Report on sanitation, dispensaries, and jails in Rajputana for 1915, and on vaccination for the year 1915-1916 - 1915-1916
Year: 1915
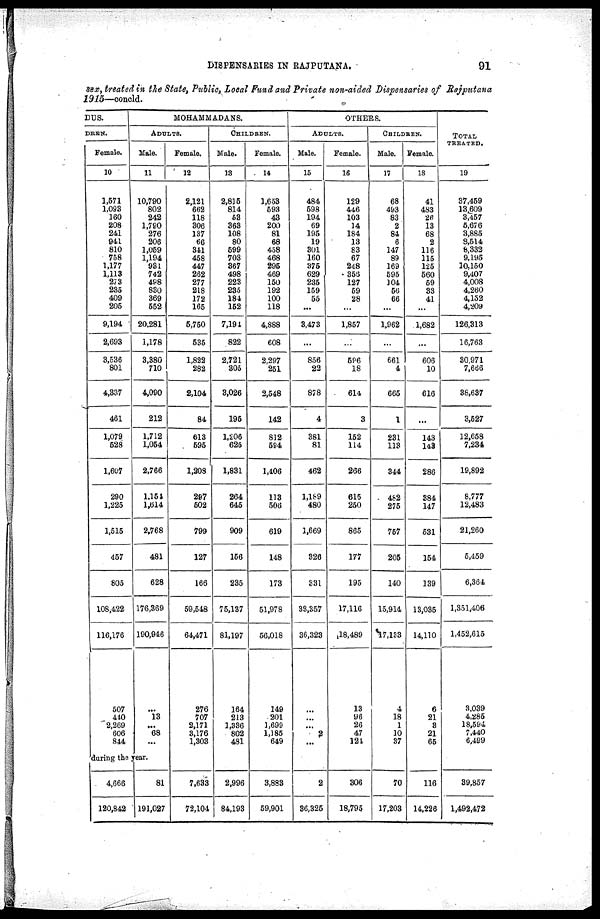
DISPENSARIES IN RAJPUTANA.
91
sex, treated in the State, Public, Local Fund and Private non-aided Dispensaries of Rajpntana
1915—conold.
DUS.
DREN.
Female.
10
1,571
1,093
160
208
241
941
810
758
1,177
1,113
273
235
409
205
9,194
2,693
3,536
801
4,337
461
1,079
528
1,607
290
1,225
1,515
457
805
108,422
116,176
507
440
2,269
606
844
MOHAMMADANS.
ADULTS.
Male.
11
10,790
802
242
1,790
276
206
1,059
1,194
931
742
498
830
369
552
20,281
1,178
3,380
710
4,090
212
1,712
1,054
2,766
1,154
1,614
2,768
481
628
176,369
190,946
...
13
...
68
...
during the year.
4,666
120,842
81
191,027
Female.
12
2,121
662
118
306
137
66
341
458
447
262
277
218
172
165
5,750
535
1,822
282
2,104
84
613
595
1,208
297
502
799
127
166
59,548
64,471
276
707
2,171
3,176
1,303
7,633
72,104
CHILDREN.
Male.
13
2,815
814
53
363
108
80
599
703
367
498
223
235
184
152
7,191
822
2,721
305
3,026
195
1,206
625
1,831
264
645
909
156
235
75,137
81,197
164
213
1,336
802
481
2,996
84,193
Female.
14
1,653
593
43
200
81
68
458
468
295
469
150
192
100
118
4,888
608
2,297
251
2,548
142
812
594
1,406
113
506
619
148
173
51,978
56,018
149
201
1,699
1,185
649
3,883
59,901
OTHERS.
ADULTS.
Male.
15
484
598
194
69
195
19
301
160
375
629
235
159
55
...
3,473
...
856
22
878
4
381
81
462
1,189
480
1,669
326
331
33,357
36,323
...
...
...
2
...
2
36,325
Female.
16
129
446
103
14
184
13
83
67
248
356
127
59
28
...
1,857
...
596
18
614
3
152
114
266
615
250
865
177
195
17,116
18,489
13
96
26
47
124
306
18,795
CHILDREN.
Male.
17
68
493
83
2
84
6
147
89
169
595
104
56
66
...
1,962
...
661
4
665
1
231
113
344
482
275
757
205
140
15,914
17,183
4
18
1
10
37
70
17,203
Female.
18
41
483
26
13
68
2
116
115
125
560
59
33
41
...
1,682
...
606
10
616
...
143
143
286
384
147
531
154
139
13,035
14,110
6
21
3
21
65
116
14,226
TOTAL
TREATED.
19
37,459
13,609
3,457
5,676
3,885
8,514
8,332
9,195
10,150
9,407
4,008
4,260
4,152
4,209
126,313
16,763
30,971
7,666
38,637
3,527
12,658
7,234
19,892
8,777
12,483
21,260
5,459
6,364
1,351,406
1,452,615
3,039
4,285
18,594
7,440
6,499
39,857
1,492,472